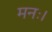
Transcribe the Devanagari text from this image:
मनः।